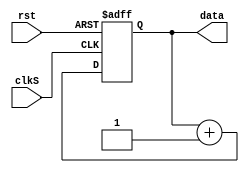
module counter(clkS,rst,data);
	input clkS,rst;
	output reg [7:0] data;	

	always @(posedge clkS or posedge rst) 
		if(rst) data <= 8'b0;
		else data <= data + 8'b1;
			
endmodule